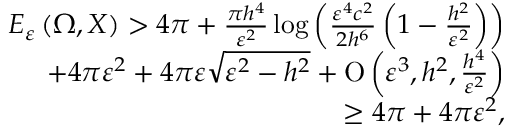
\begin{array} { r } { E _ { \varepsilon } \left( \Omega , X \right) > 4 \pi + \frac { \pi h ^ { 4 } } { \varepsilon ^ { 2 } } \log { \left( \frac { \varepsilon ^ { 4 } c ^ { 2 } } { 2 h ^ { 6 } } \left( 1 - \frac { h ^ { 2 } } { \varepsilon ^ { 2 } } \right) \right) } } \\ { + 4 \pi \varepsilon ^ { 2 } + 4 \pi \varepsilon \sqrt { \varepsilon ^ { 2 } - h ^ { 2 } } + \ensuremath { \operatorname { O } \left( \varepsilon ^ { 3 } , h ^ { 2 } , \frac { h ^ { 4 } } { \varepsilon ^ { 2 } } \right) } } \\ { \geq 4 \pi + 4 \pi \varepsilon ^ { 2 } , } \end{array}